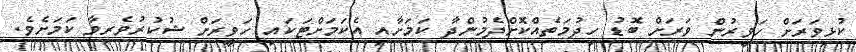
ކުޅިވަރަށް ހަވީރުން ވަރަށް ބޮޑު ހިދުމަތެއްކޮށްދެމުންދާ ކަމަށާއި އެކަމަށްޓަކައި ހަވީރަށް ޝުކުރުވެރިވާ ކަމަށެވެ.